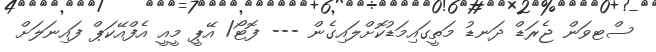
ސްޓވަން ޖެރަޑް ދަނޑު މަތީގައިމަޑުކޮށްލައިގެން --- ފޮޓޯ/ އޭޕީ މީއީ އެފްއޭކަޕް ފައިނަލަށް